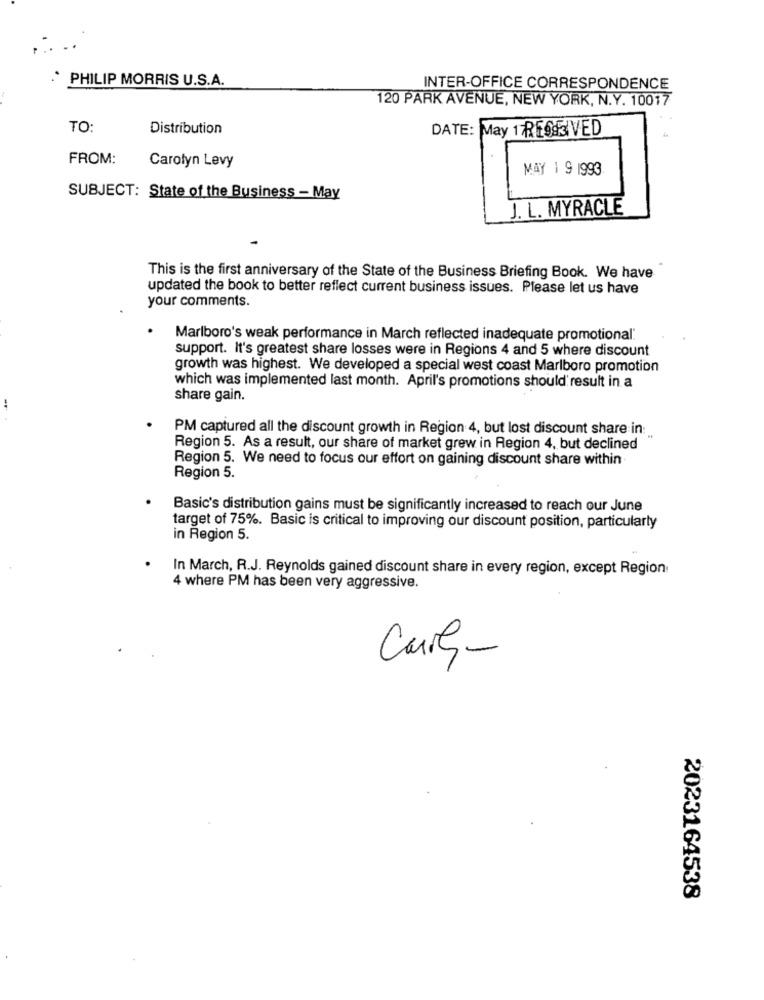
PHILIP MORRIS U.S.A.
INTER-OFFICE CORRESPONDENCE
120 PARK AVENUE, NEW YORK, N.Y. 10017
TO:
Distribution
DATE: May 1 RESERVED
FROM:
Carolyn Levy
MAY 1 9 1993
SUBJECT: State of the Business - May
J. L. MYRACLE
This is the first anniversary of the State of the Business Briefing Book. We have
updated the book to better reflect current business issues. Please let us have
your comments.
Marlboro's weak performance in March reflected inadequate promotional.
support. It's greatest share losses were in Regions 4 and 5 where discount
growth was highest. We developed a special west coast Marlboro promotion
which was implemented last month. April's promotions should result in a
share gain.
PM captured all the discount growth in Region 4, but lost discount share in:
Region 5. As a result, our share of market grew in Region 4, but declined
Region 5. We need to focus our effort on gaining discount share within
Region 5.
Basic's distribution gains must be significantly increased to reach our June
target of 75%. Basic is critical to improving our discount position, particularly
in Region 5.
In March, R.J. Reynolds gained discount share in every region, except Region
4 where PM has been very aggressive.
Curly-
2023164538